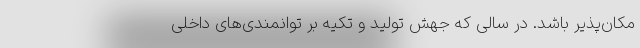
مکان‌پذیر باشد. در سالی که جهش تولید و تکیه بر توانمندی‌های داخلی